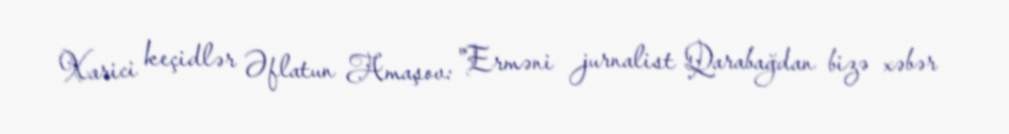
Xarici keçidlər Əflatun Amaşov: "Erməni jurnalist Qarabağdan bizə xəbər